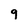
Character: 9